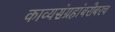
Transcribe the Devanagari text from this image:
काव्यसंग्रहांबरोबरच